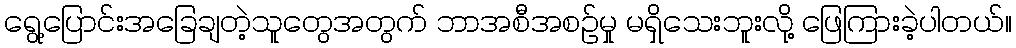
ရွေ့ပြောင်းအခြေချတဲ့သူတွေအတွက် ဘာအစီအစဉ်မှု မရှိသေးဘူးလို့ ဖြေကြားခဲ့ပါတယ်။